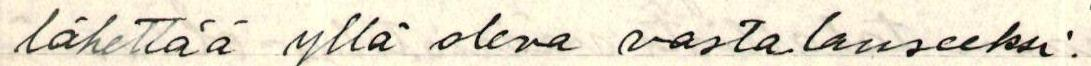
lähettää yllä oleva vastalauseeksi.